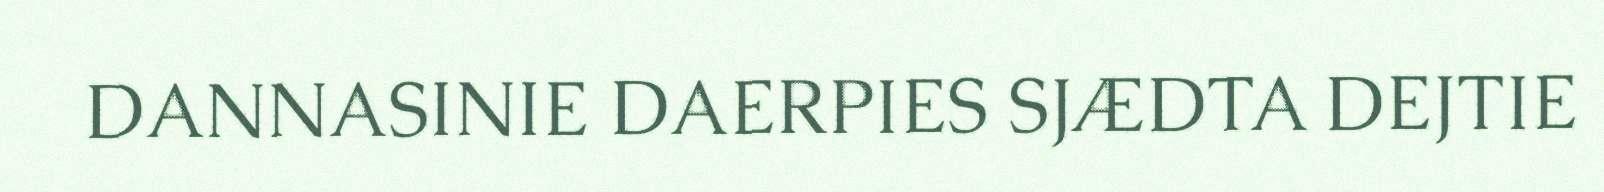
DANNASINIE DAERPIES SJÆDTA DEJTIE